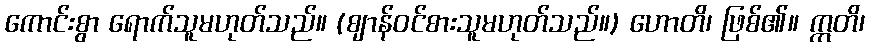
ကောင်းစွာ ရောက်သူမဟုတ်သည်။ (ဈာန်ဝင်စားသူမဟုတ်သည်။) ဟောတိ၊ ဖြစ်၏။ ဣတိ၊